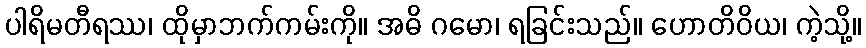
ပါရိမတီရဿ၊ ထိုမှာဘက်ကမ်းကို။ အဓိ ဂမော၊ ရခြင်းသည်။ ဟောတိဝိယ၊ ကဲ့သို့။